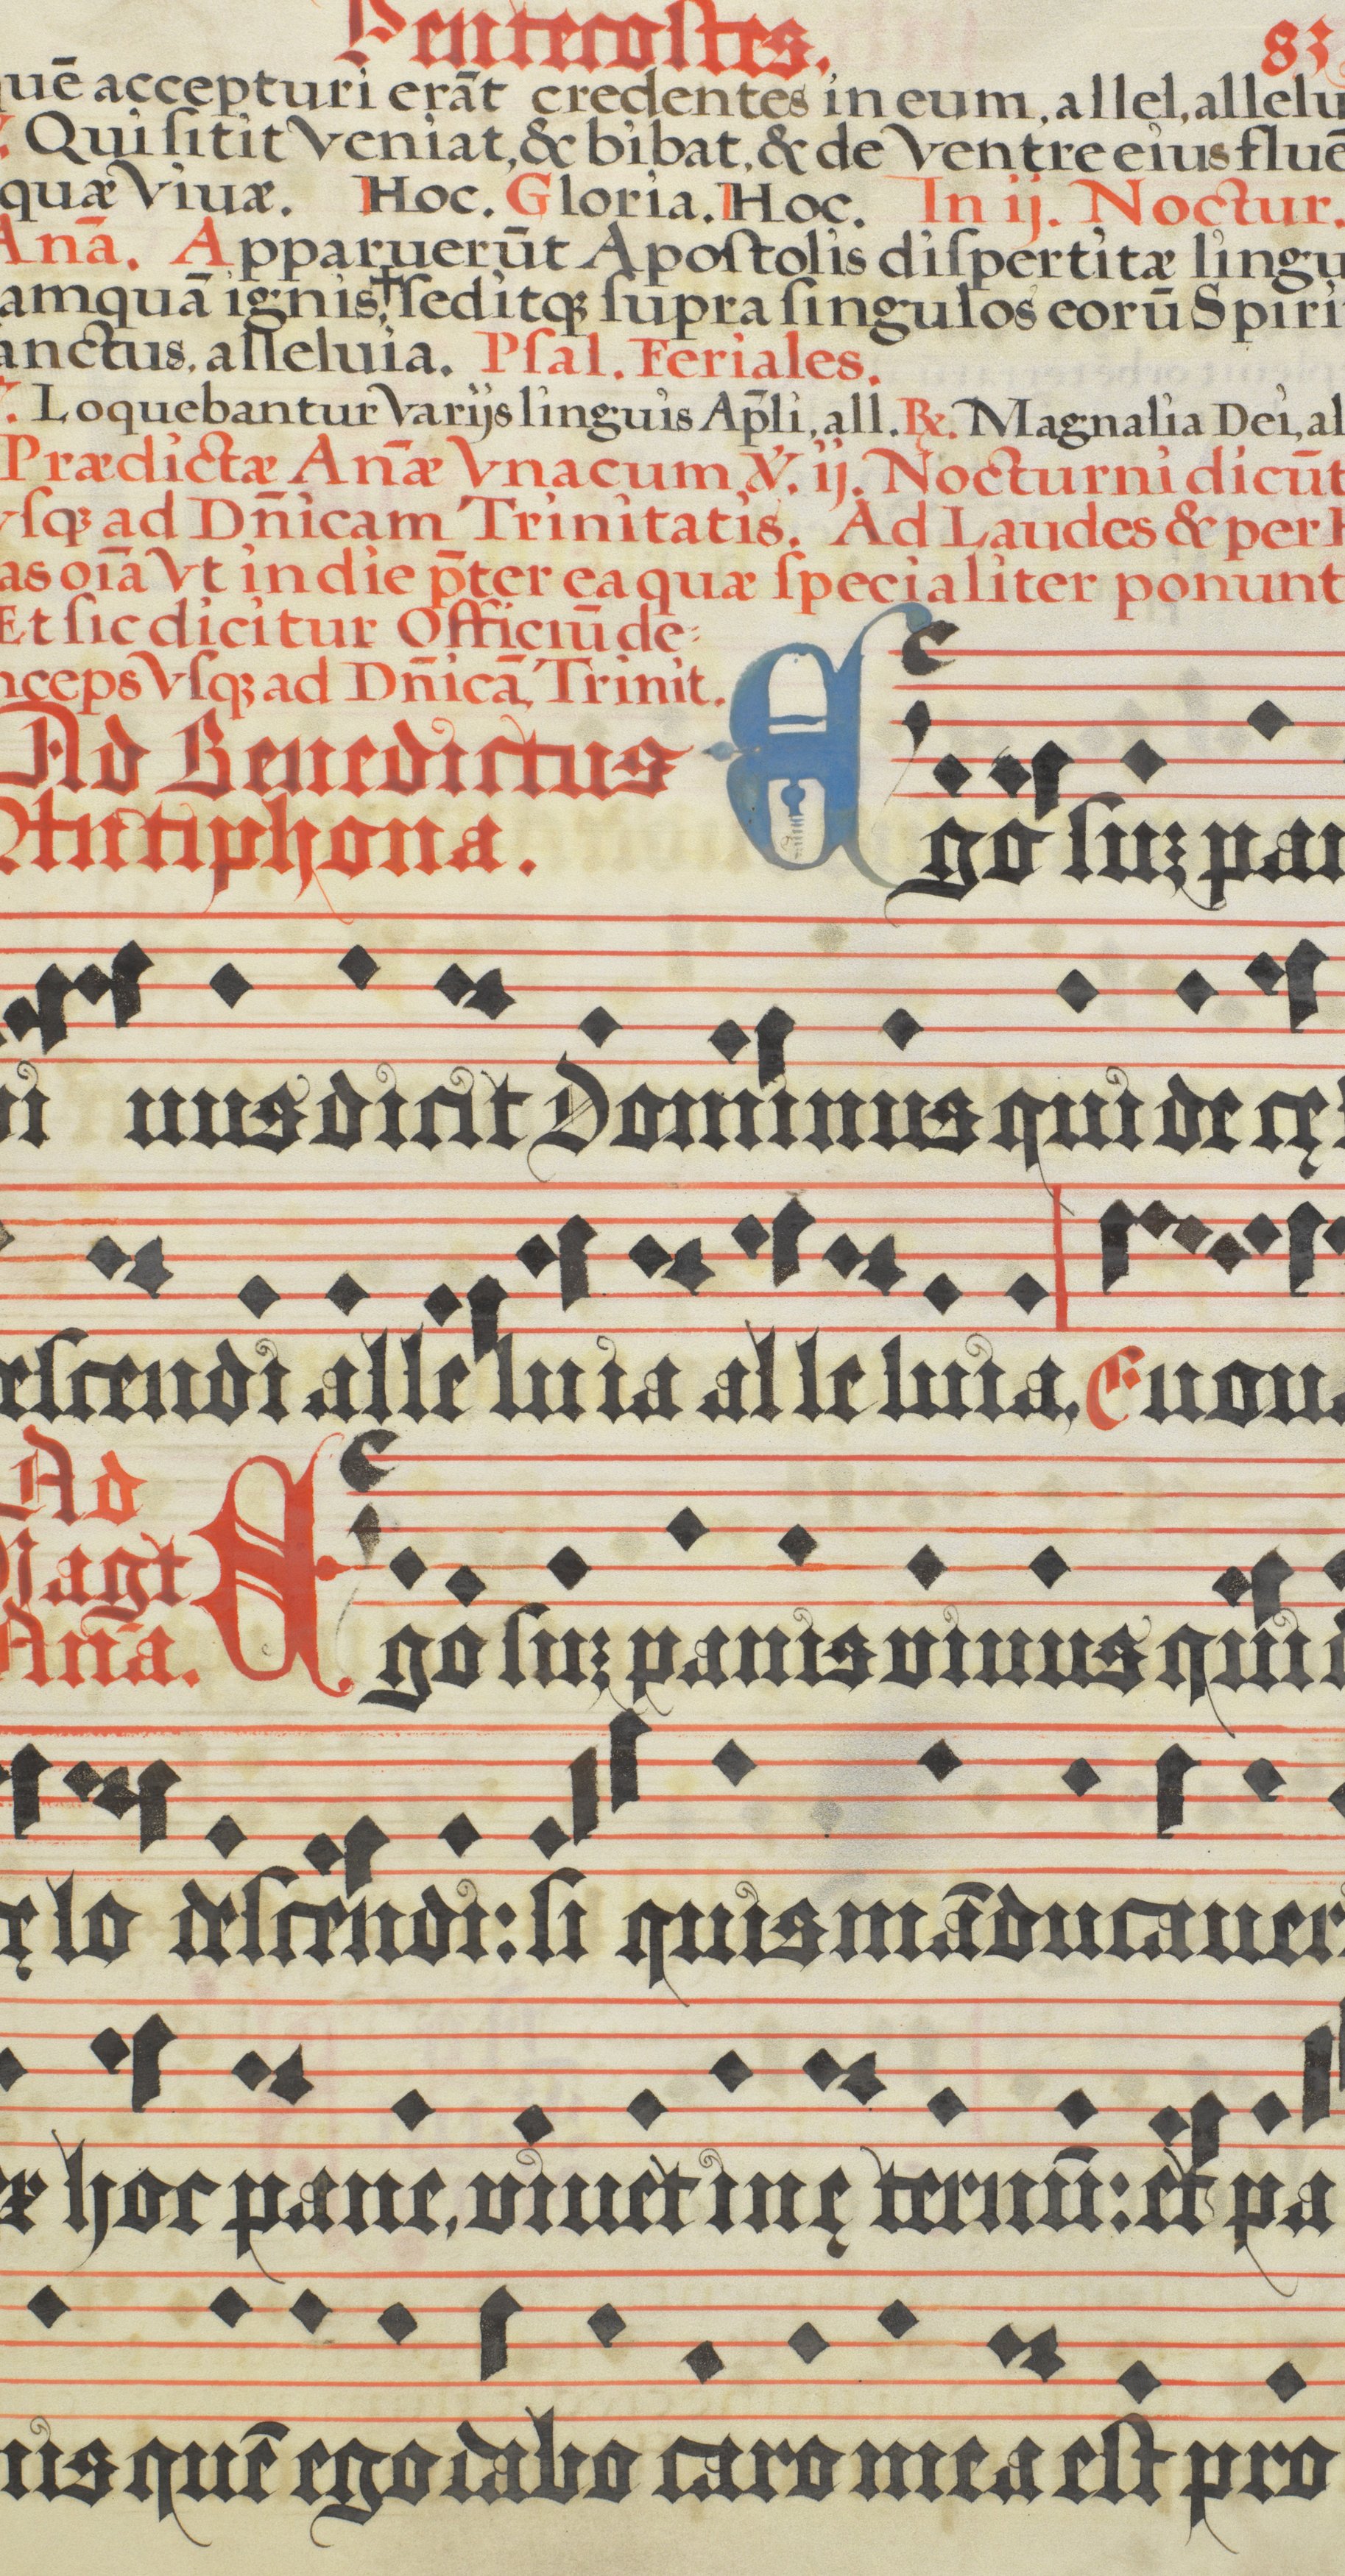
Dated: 1618–1618